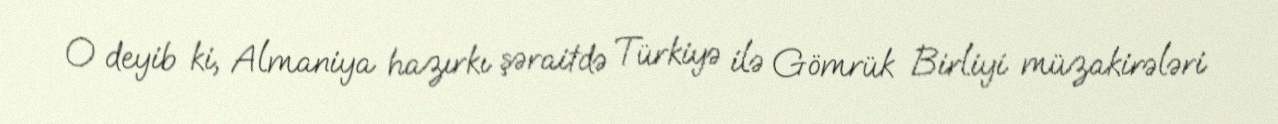
O deyib ki, Almaniya hazırkı şəraitdə Türkiyə ilə Gömrük Birliyi müzakirələri